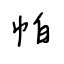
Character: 帕